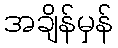
အချိန်မှန်